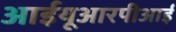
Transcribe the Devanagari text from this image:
आईयूआरपीआई